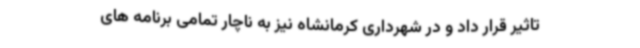
تاثیر قرار داد و در شهرداری کرمانشاه نیز به ناچار تمامی برنامه های